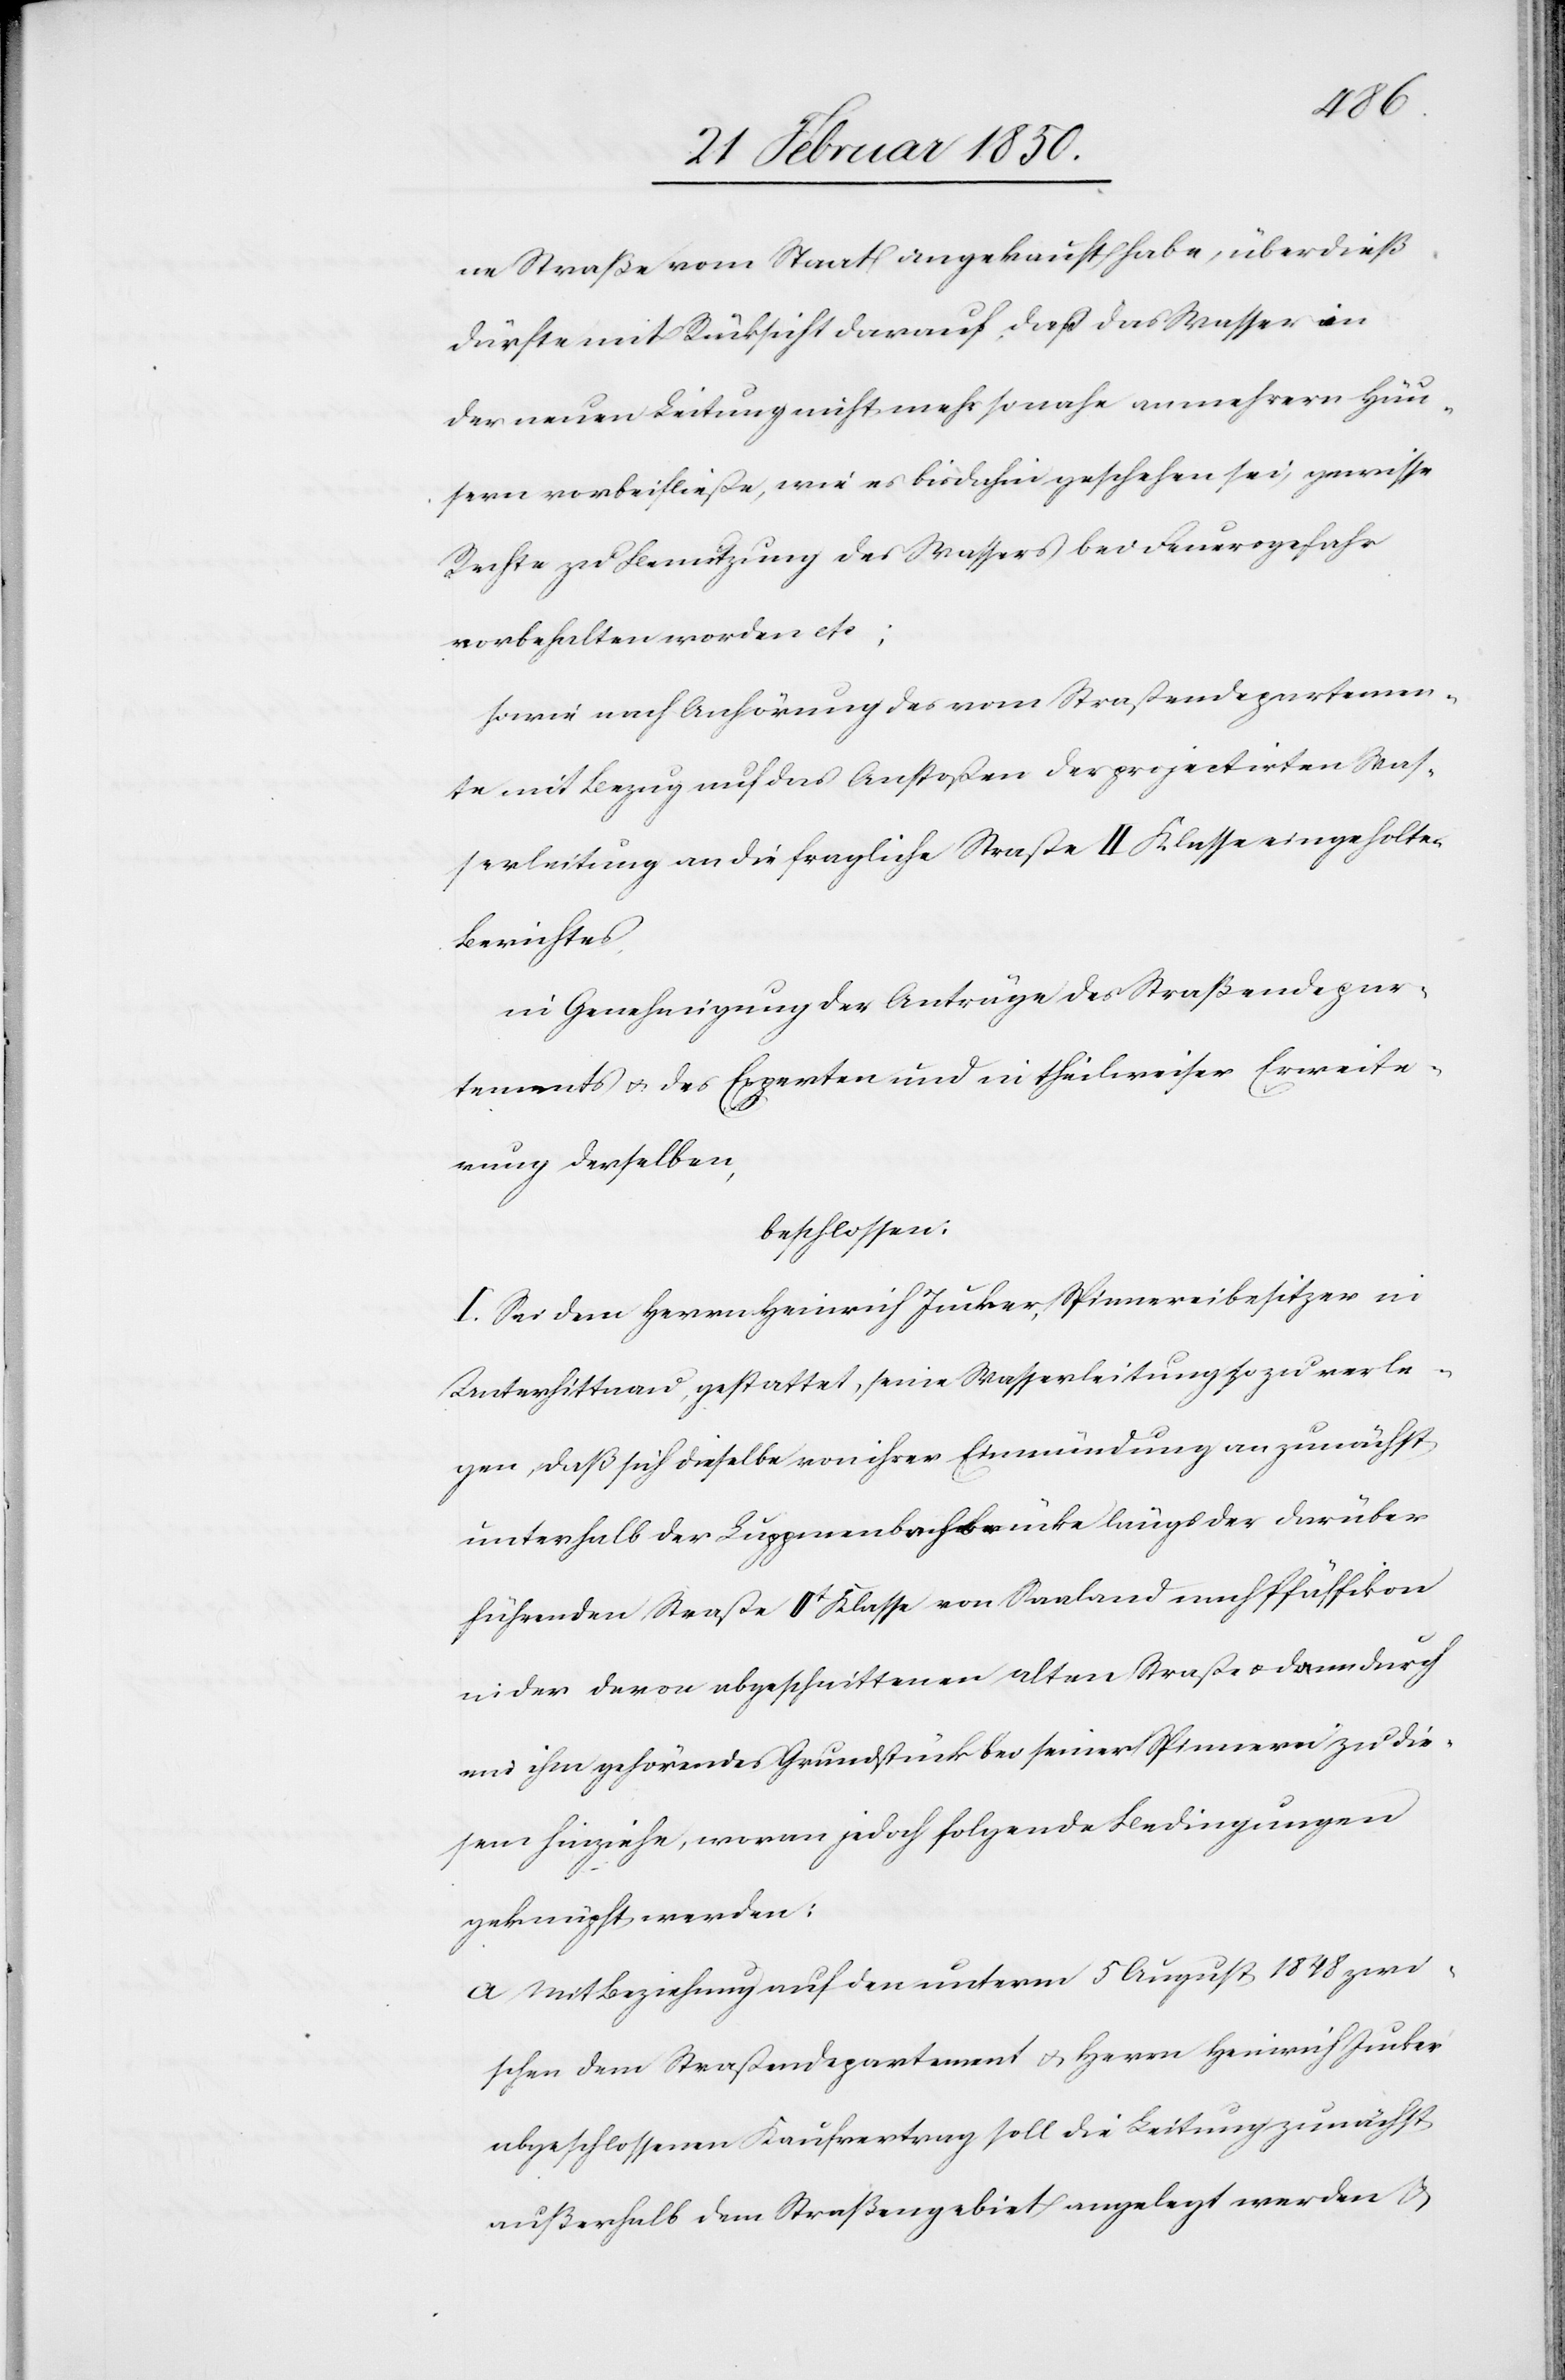
ne Straße vom Staat angekauft habe, überdieß
dürfte mit Rücksicht darauf, daß das Wasser in
der neuen Leitung nicht mehr so nahe an mehrern Häu¬
sern vorbeifließe, wie es bis dahin geschehen sei, gewisse
Rechte zu Benutzung des Wassers bei Feuersgefahr
vorbehalten worden etc;
sowie nach Anhörung des vom Straßendepartemen¬
te mit Bezug auf das Anstoßen der projectirten Was¬
serleitung an die fragliche Straße II Klasse eingeholten
Berichtes,
in Genehmigung der Anträge des Straßendepar¬
tements u. des Experten und in theilweiser Erweite¬
rung derselben,
beschlossen:
I. Sei dem Herrn Heinrich Jucker, Spinnereibesitzer in
Unterhittnau, gestattet, seine Wasserleitung so zu verle¬
gen, daß sich dieselbe von ihrer Einmündung an zunächst
unterhalb der Luppmenbachbrücke längs der darüber
führenden Straße IIt Klasse von Saaland nach Pfäffikon
der davon abgeschnittenen alten Straße u. dann durch
ein ihm gehörendes Grundstück bei seiner Spinnerei zu die¬
sem hinziehe, woran jedoch folgende Bedingungen
geknüpft werden:
a Mit Beziehung auf den unterm 5 August 1848 zwi¬
schen dem Straßendepartement u. Herrn Heinrich Jucker
abgeschlossenen Kaufvertrag soll die Leitung zunächst
außerhalb dem Straßengebiet angelegt werden u.